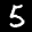
Label: 5